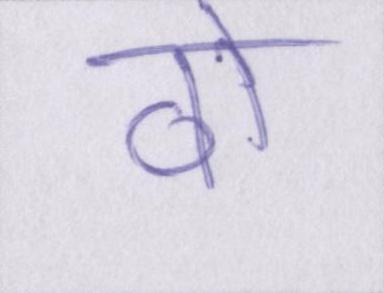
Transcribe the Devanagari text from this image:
वो